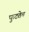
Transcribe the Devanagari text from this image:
फुटतेच